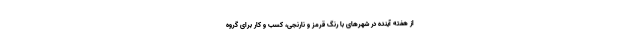
از هفته آینده در شهرهای با رنگ قرمز و نارنجی، کسب و کار برای گروه